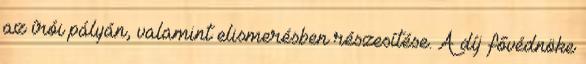
az írói pályán, valamint elismerésben részesítése. A díj fővédnöke